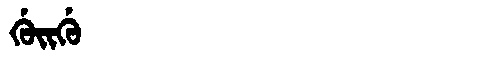
Manchu: ᡤᡠᡳᡤᡠ
Romanization: GUIGU